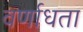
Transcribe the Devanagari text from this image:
वर्णाधता